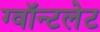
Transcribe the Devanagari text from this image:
ग्वॉन्टलेट